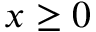
x \ge 0